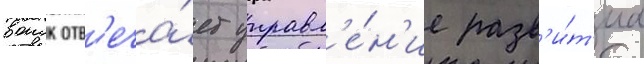
воиск отв'еча́ет управл'е́н'ие разв'и́т'иа